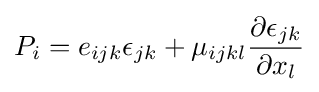
P_{i}=e_{ijk}\epsilon _{jk}+\mu _{ijkl}{\frac {\partial \epsilon _{jk}}{\partial x_{l}}}